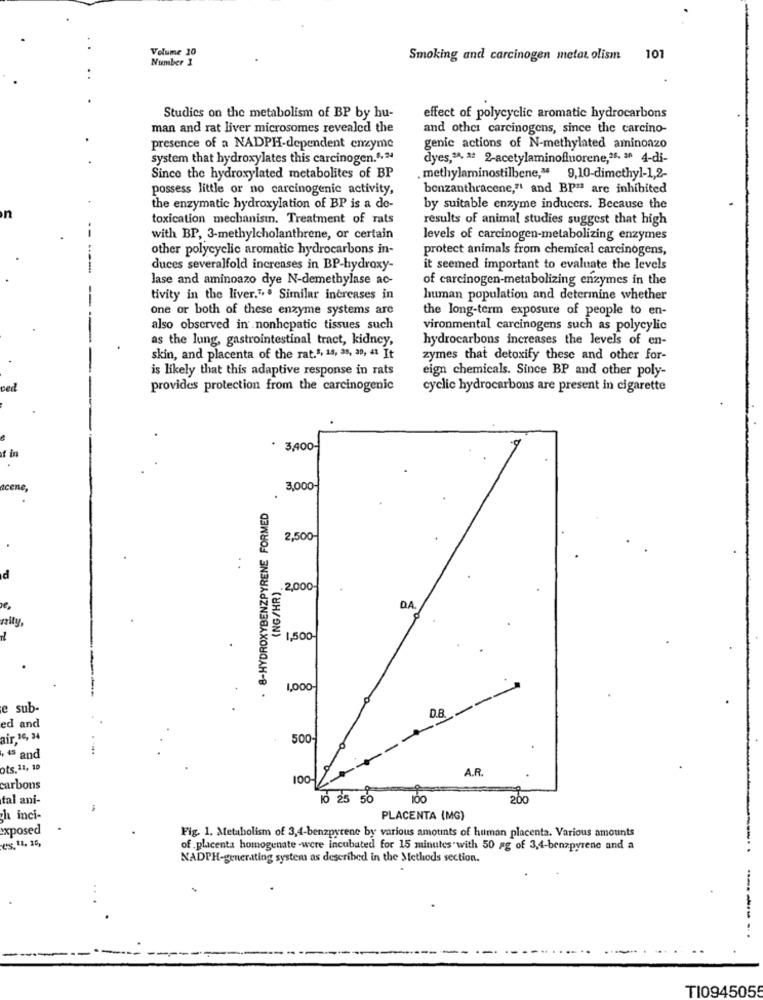
Volume 10
Number 3
Smoking and carcinogen metat olism
101
Studies on the metabolism of BP by hu-
effect of polycyclic aromatic hydrocarbons
man and rat liver microsomes revealed the
and other carcinogens, since the carcino-
presence of a NADPH-dependent enzyme
genic actions of N-methylated aminoazo
system that hydroxylates this carcinogen.",34
dyes,"", * 2-acetylaminofluorene,25. 30 4-di-
Since the hydroxylated metabolites of BP
methylaminostilbene," 9,10-dimethyl-1,2-
possess little or no carcinogenic activity,
benzanthracene," and BP"ª are inhibited
the enzymatic hydroxylation of BP is a de-
by suitable enzyme inducers. Because the
toxication mechanisin. Treatment of rats
results of animal studies suggest that high
with BP, 3-methylcholanthrene, or certain
levels of carcinogen-metabolizing enzymes
other polycyclic aromatic hydrocarbons in-
protect animals from chemical carcinogens,
duces severalfold increases in BP-hydroxy-
it seemed important to evaluate the levels
lase and aminoazo dye N-demetbylase ac-
of carcinogen-metabolizing enzymes in the
tivity in the liver." . Similar increases in
human population and determine whether
one or both of these enzyme systems are
the long-term exposure of people to en-
also observed in .nonhepatic tissues such
vironmental carcinogens such as polycylic
as the lung, gastrointestinal tract, kidney,
hydrocarbons increases the levels of en-
skin, and placenta of the rat.", 13, 35, 30, 41 It
zymes that detoxify these and other for-
is likely that this adaptive response in rats
eign chemicals. Since BP and other poly-
ved
provides protection from the carcinogenic
cyclic hydrocarbons are present in cigarette
. 3,400-
t in
ncene,
3,000-
. 8-HYDROXYBENZPYRENE FORMED
2,500
(NG/HR).
. 2,000-
DA
1,500
1,000
e sub-
DA
ed and
air.16, 24
500-
, + and
ots.11, 19
A.R.
100
carbons
tal ani-
10 25 50
200
h inci-
PLACENTA (MG)
exposed
Fig. 1. Metabolism of 3,4-benzpyrene by various amounts of human placenta. Various amounts
es, 11, 15,
of placenta homogenate -were incubated for 15 minutes with 50 ag of 3,4-benzpyrene and a
..
NADPH-generating system as described in the Methods section.
.
------
TI0945055